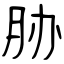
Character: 胁